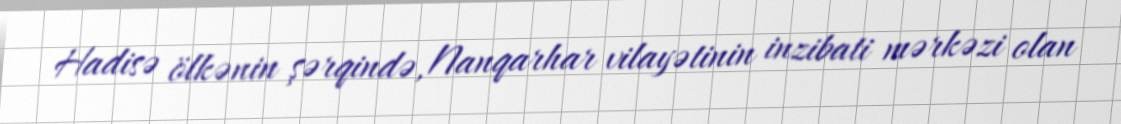
Hadisə ölkənin şərqində, Nanqarhar vilayətinin inzibati mərkəzi olan